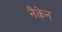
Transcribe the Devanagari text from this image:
नैकेन